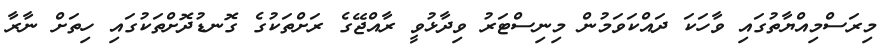
މިރަސްމިއްޔާތުގައި ވާހަކަ ދައްކަވަމުން މިނިސްޓަރު ވިދާޅުވީ ރާއްޖޭގެ ރަށްތަކުގެ ގޮނޑުދޮށްތަކުގައި ހިތަށް ނާރާ